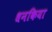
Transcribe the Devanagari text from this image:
धनकिया